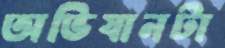
অভিযানটা